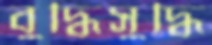
বুদ্ধিসুদ্ধি